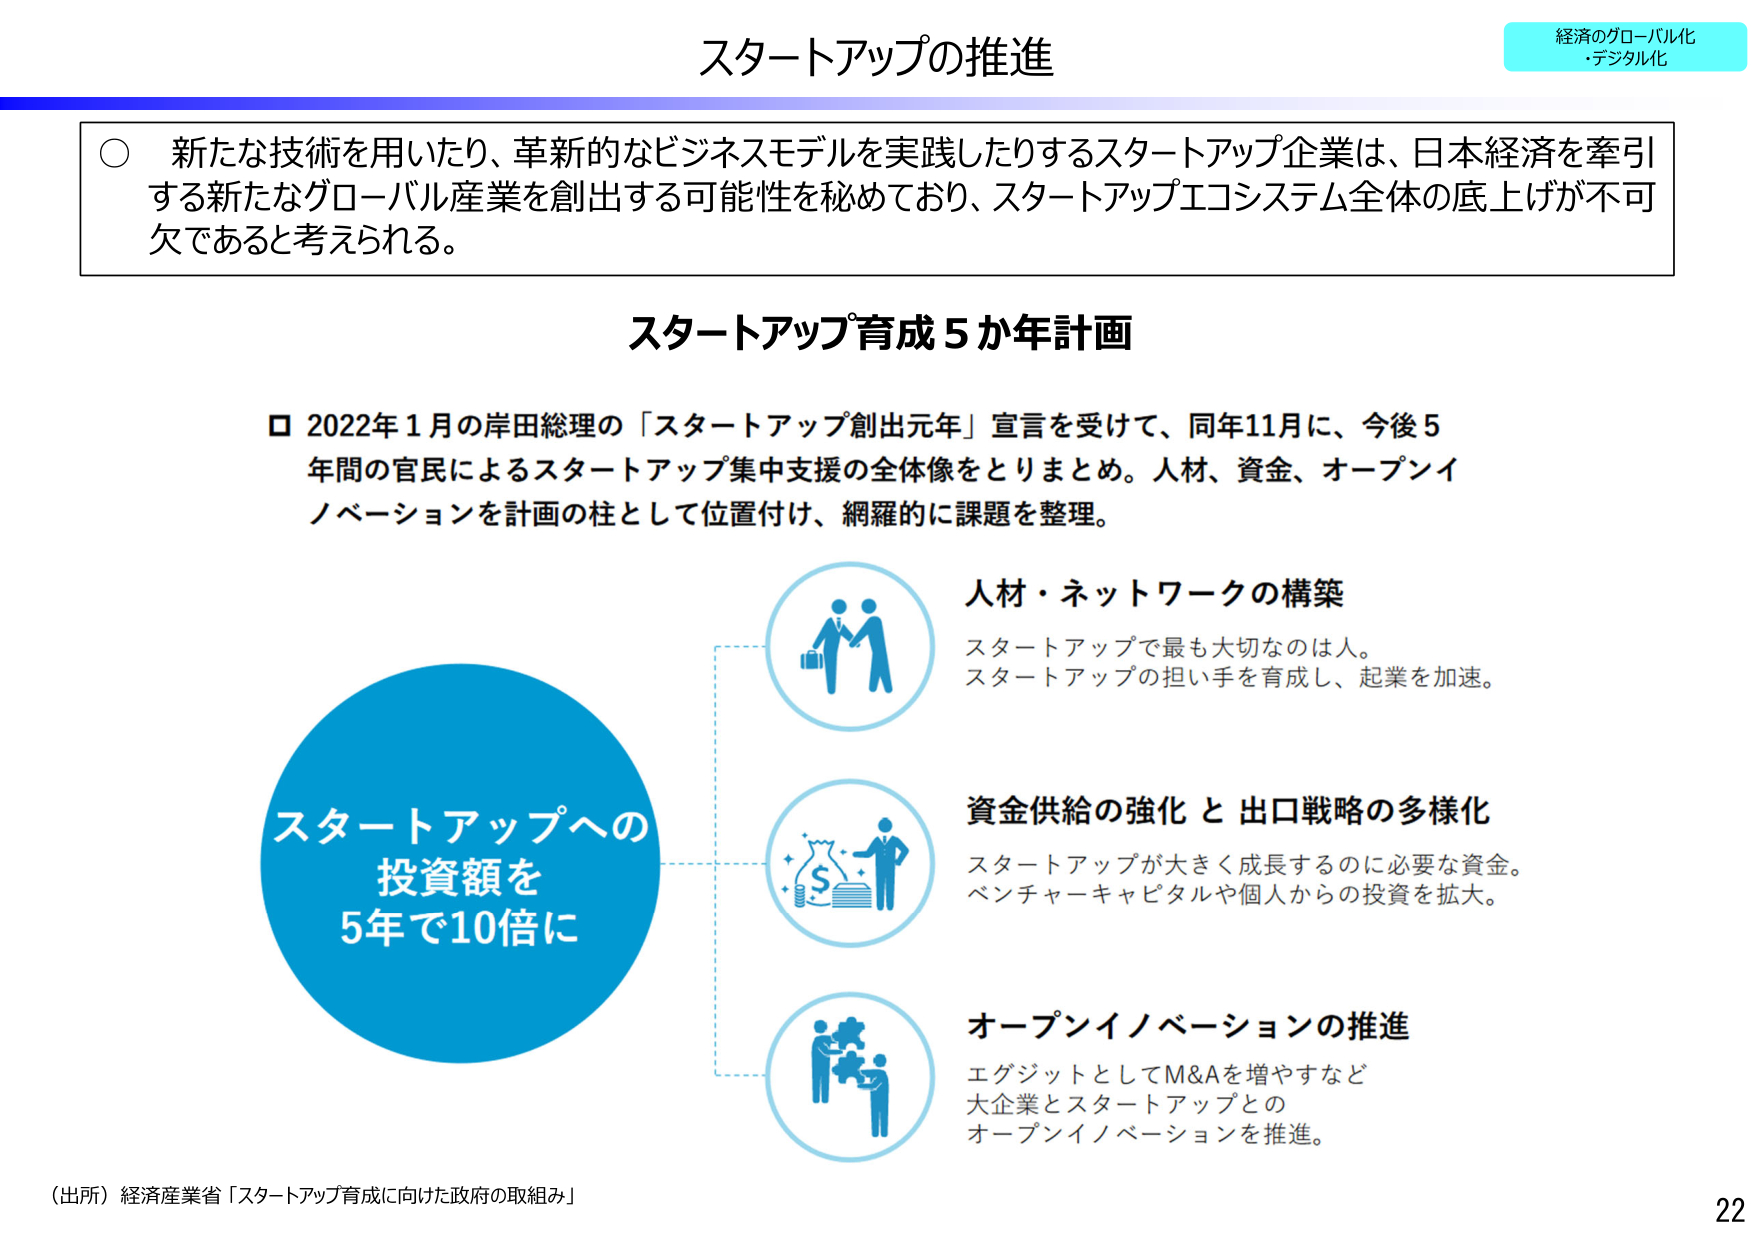
スタートアップの推進

経済のグローバル化
・デジタル化

○ 新たな技術を用いたり、革新的なビジネスモデルを実践したりするスタートアップ企業は、日本経済を牽引する新たなグローバル産業を創出する可能性を秘めており、スタートアップエコシステム全体の底上げが不可欠であると考えられる。

スタートアップ育成5か年計画

□ 2022年1月の岸田総理の「スタートアップ創出元年」宣言を受けて、同年11月に、今後5年間の官民によるスタートアップ集中支援の全体像をとりまとめ。人材、資金、オープンイノベーションを計画の柱として位置付け、網羅的に課題を整理。

スタートアップへの
投資額を
5年で10倍に

人材・ネットワークの構築
スタートアップで最も大切なのは人。
スタートアップの担い手を育成し、起業を加速。

資金供給の強化と出口戦略の多様化
スタートアップが大きく成長するのに必要な資金。
ベンチャーキャピタルや個人からの投資を拡大。

オープンイノベーションの推進
エグジットとしてM&Aを増やすなど
大企業とスタートアップとの
オープンイノベーションを推進。

（出所）経済産業省「スタートアップ育成に向けた政府の取組み」

22